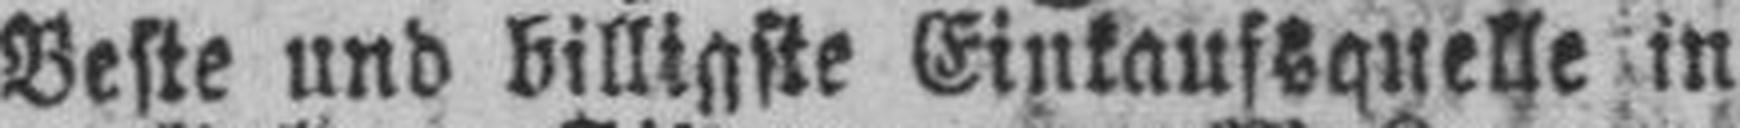
Beste und billigste Einkaufsquelle in